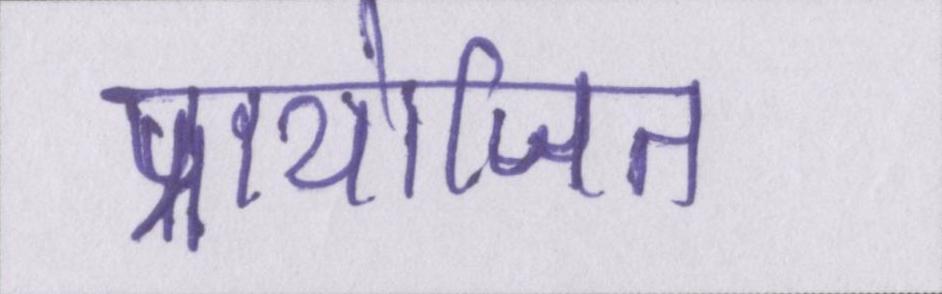
प्रायोजित